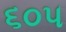
૬૦૫